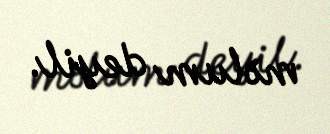
məlum deyil.